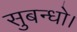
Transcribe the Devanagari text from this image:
सुबन्‍धो।